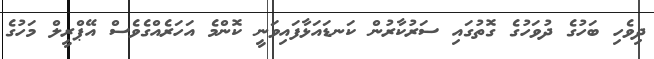
ދިވެހި ބަހުގެ ދުވަހުގެ ގޮތުގައި ސަރުކާރުން ކަނޑައަޅާފައިވަނީ ކޮންމެ އަހަރެއްގެވެސް އޭޕްރީލް މަހުގެ